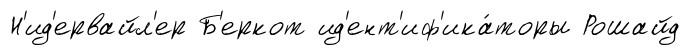
Н'ид'ервайл'ер Б'еркот ид'ент'иф'ика́торы Рошайд